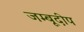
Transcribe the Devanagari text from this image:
जम्बूदीप